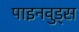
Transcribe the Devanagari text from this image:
पाइनवुड्स